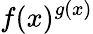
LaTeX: f(x)^{g(x)}